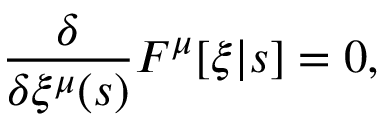
\frac { \delta } { \delta \xi ^ { \mu } ( s ) } F ^ { \mu } [ \xi | s ] = 0 ,